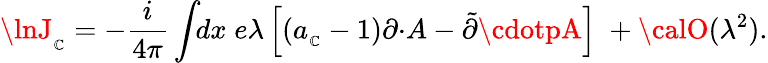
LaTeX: \lnJ_{_\mathbb{C}}=-\frac{{i}}{{4\pi}}\int\! \! dx\; e\lambda\left[(a_{_\mathbb{C}}-1)\partial\cdotp\! A-\tilde{{\partial}}\cdotpA\right]\; +{\calO}(\lambda^{2}).